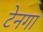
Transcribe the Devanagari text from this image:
टेनगा